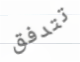
تتدفق